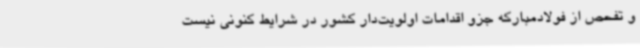
و تفحص از فولادمبارکه جزو اقدامات اولویت‌دار کشور در شرایط کنونی نیست